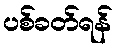
ပစ်ခတ်ရန်